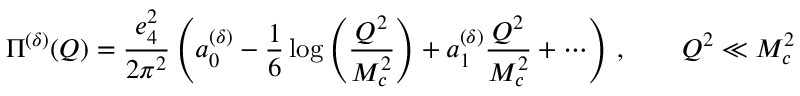
\Pi ^ { ( \delta ) } ( Q ) = \frac { e _ { 4 } ^ { 2 } } { 2 \pi ^ { 2 } } \left( a _ { 0 } ^ { ( \delta ) } - \frac { 1 } { 6 } \log \left( \frac { Q ^ { 2 } } { M _ { c } ^ { 2 } } \right) + a _ { 1 } ^ { ( \delta ) } \frac { Q ^ { 2 } } { M _ { c } ^ { 2 } } + \cdots \right) \, , \qquad Q ^ { 2 } \ll M _ { c } ^ { 2 }